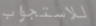
للاستجواب